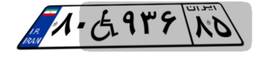
۸۰W۹۳۶۸۵